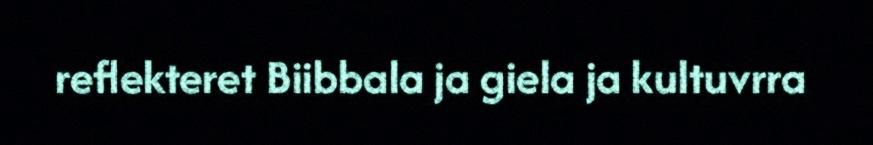
reflekteret Biibbala ja giela ja kultuvrra